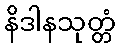
နိဒါနသုတ္တံ